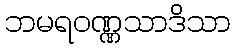
ဘမရဝဏ္ဏသာဒိသာ